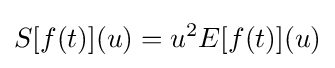
S[f(t)](u)=u^{2}E[f(t)](u)